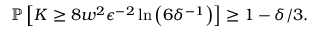
\begin{array} { r } { \mathbb { P } \left[ K \ge 8 w ^ { 2 } \epsilon ^ { - 2 } \ln \left( 6 \delta ^ { - 1 } \right) \right] \ge 1 - \delta / 3 . } \end{array}